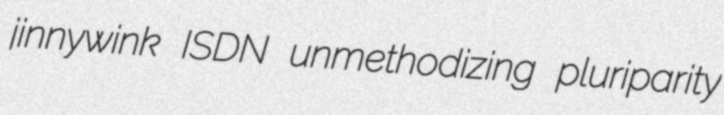
jinnywink ISDN unmethodizing pluriparity